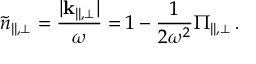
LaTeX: \tilde { n } _ { \| , \bot } = \frac { | { \bf k } _ { \| , \bot } | } { \omega } = 1 - \frac { 1 } { 2 \omega ^ { 2 } } \Pi _ { \| , \bot } \, .